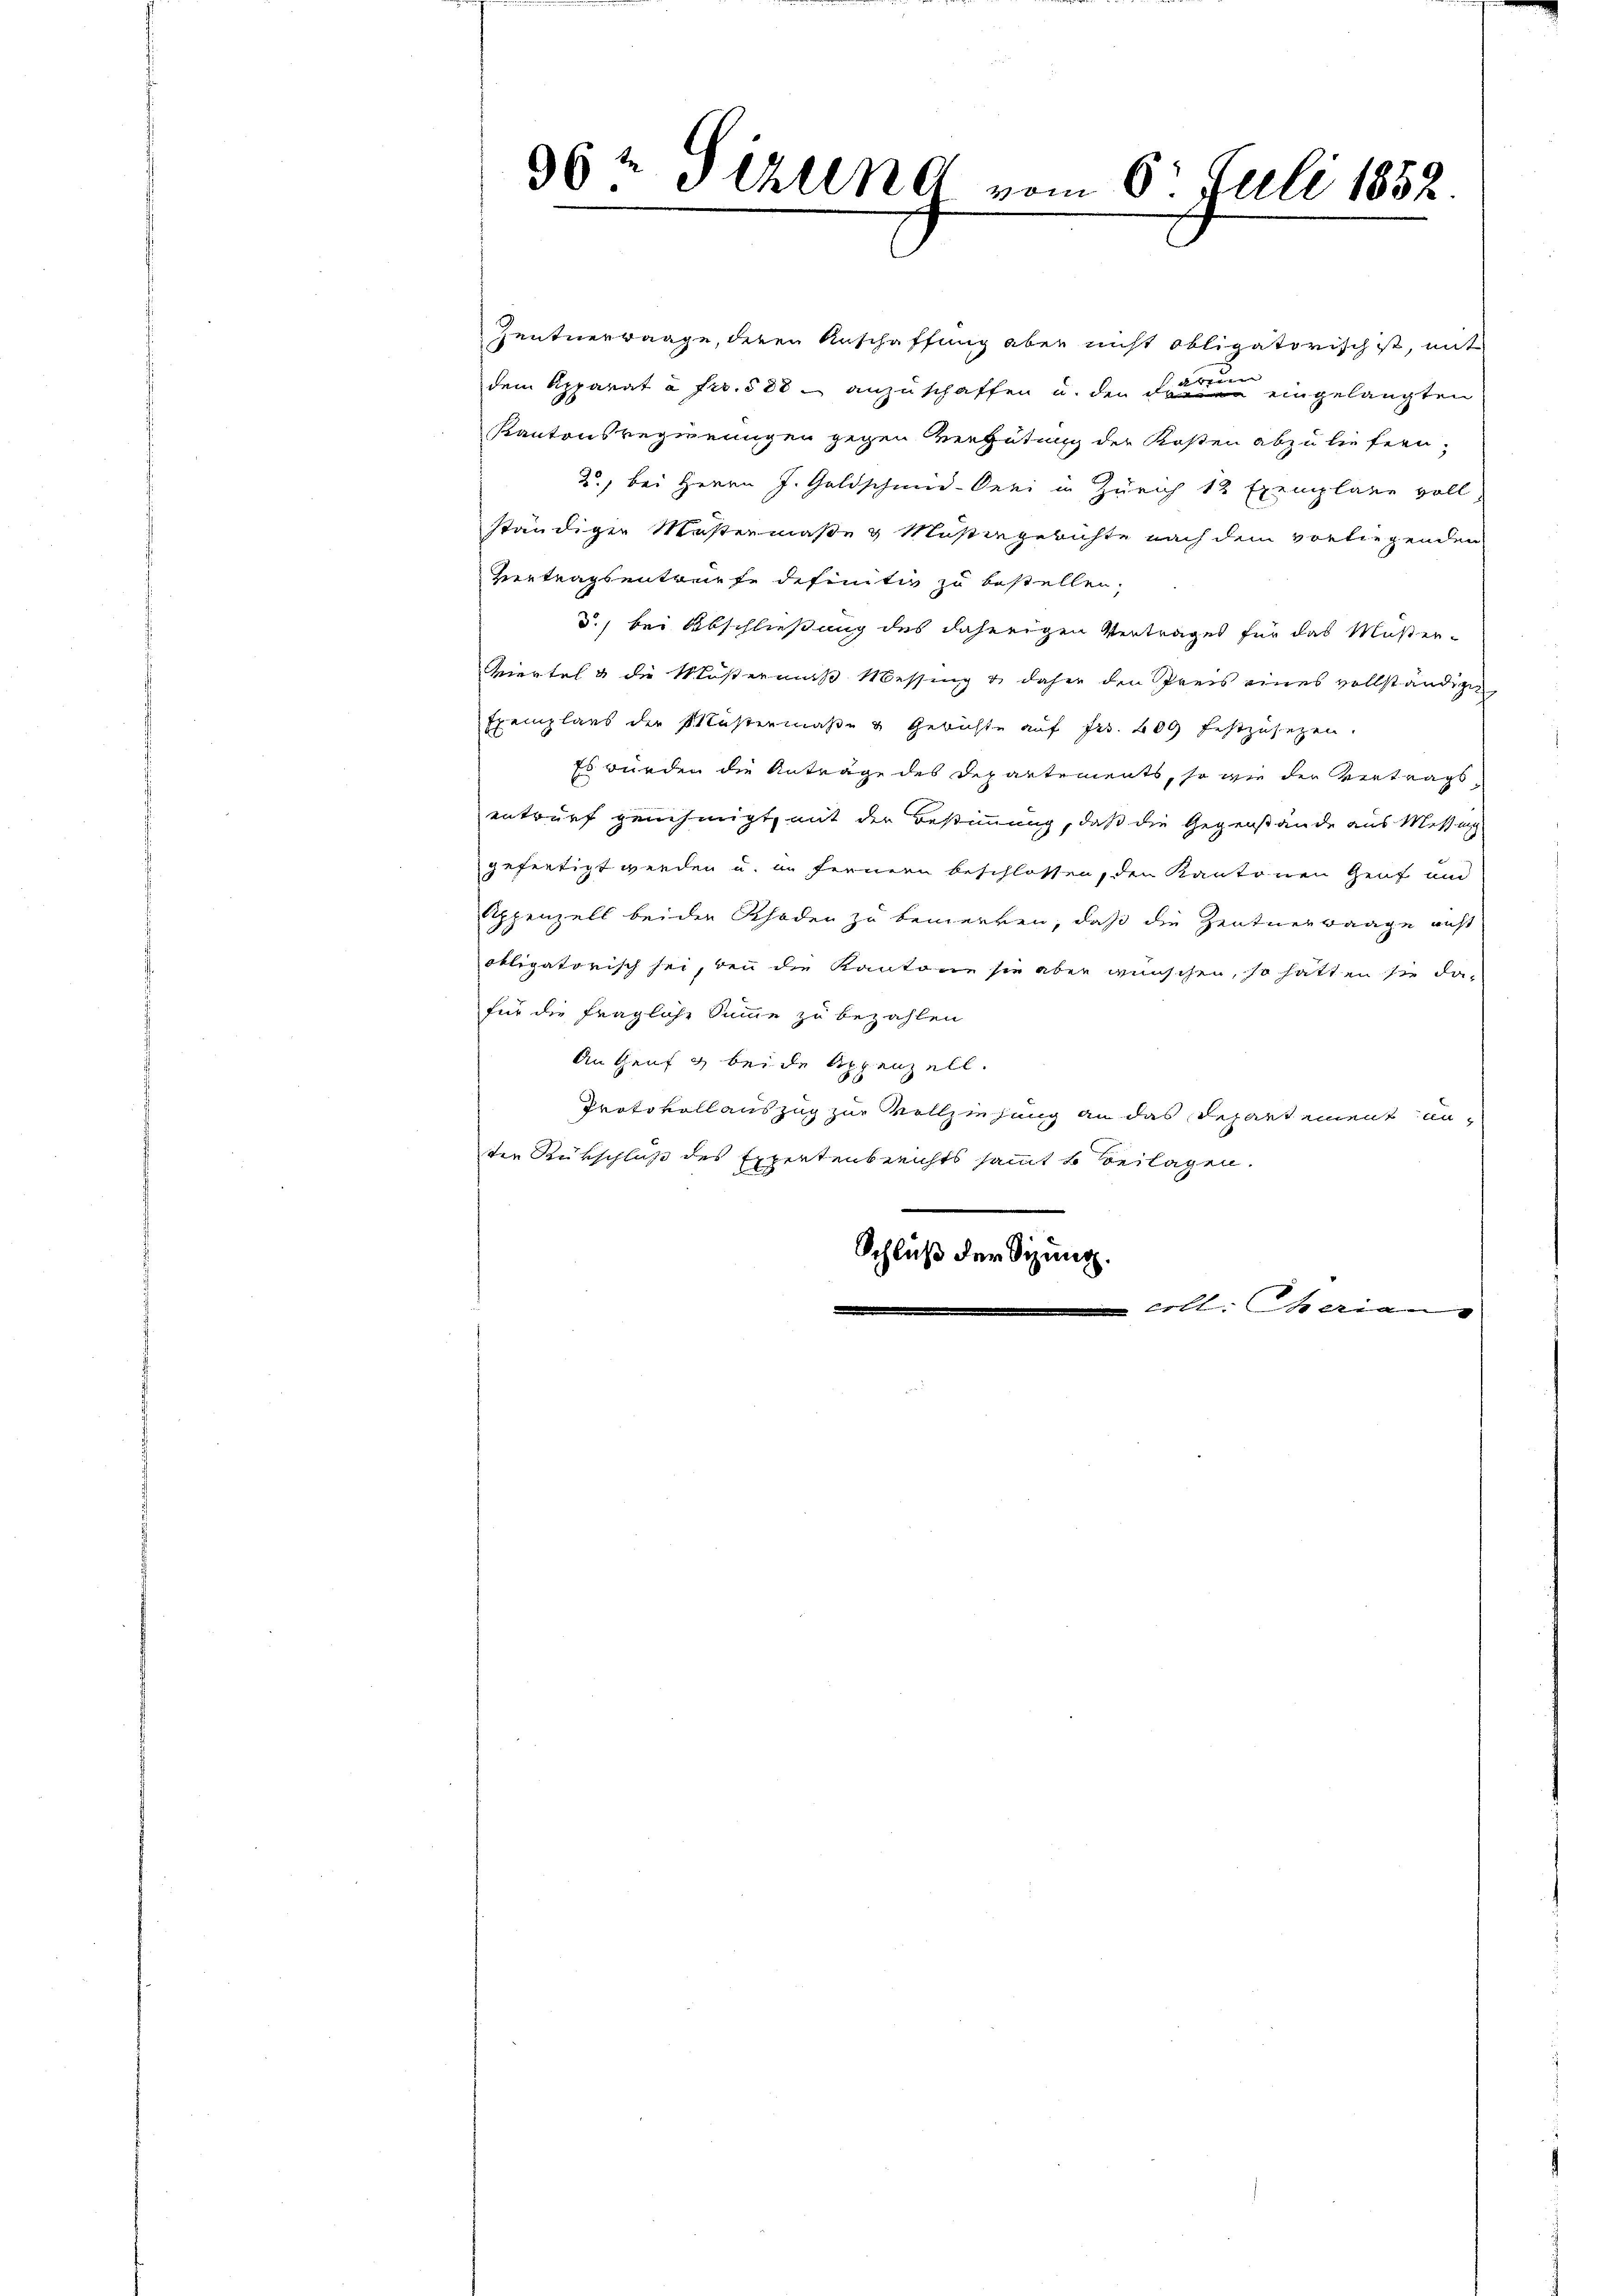
96 x
Sihlend vom 6. Juli 1852.

Zentnerwaage, deren Anschaffung aber nicht obligatorisch ist, mit
dem Apparat à frs. 588 anzuschaffen u. den die eingelangten
Kantonsregierungen gegen Vergütung der Kosten abzuliefern,
20, bei Herrn J. Goldschmid. Oeri in Zürich 12 Exemplane voll
ständiger Mustermaße & Maßengerichte nach dem vorliegenden
Vertragsentwurfe definitiv zu bestellen.
d., bei Abschließung des daherigen Vertrages für das Mußer-
Viertel & die Müstermaß Messing u. daher den Preis eines vollständigen
Exemplars der Müßermaβe u Gerichte auf Fr. 609 festzusetzen.
Es würden die Anträge des Departements, so wie der Vertragsentwurf genehmigt, mit der Bestimmung, daß die Gegenstände aus Messung
gefertigt werden u. in fernern beschlossen, den Kantonen Genf und
Eppenzell beider Schaden zu bemerken, daß die Zentnerwaage nicht
obligatorisch sei, den die Kantone sie aber wünschen, so hatten sie dafür die fragliche Summe zu bezahlen
An Genf g beide Appenzell.
Protokollauszug zur Vollziehung an das Rechartement unten Rükschluß des Expertenberichts sammt Beilagen.
Schluß der Sitzung.
 rtl. Meria